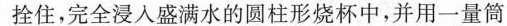
拴住，完全浸入盛满水的圆柱形烧杯中，并用一量筒